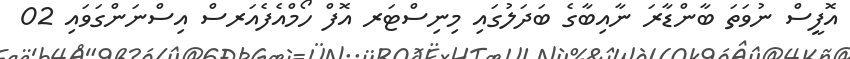
އޮފީސް ނުވަތަ ބާންޑާރަ ނާއިބާގެ ބަދަލުގައި މިނިސްޓަރ އޮފް ހޯމްއެފެއަރސް އިސްނަންގަވައި 02